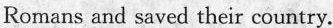
Romansand saved their country.